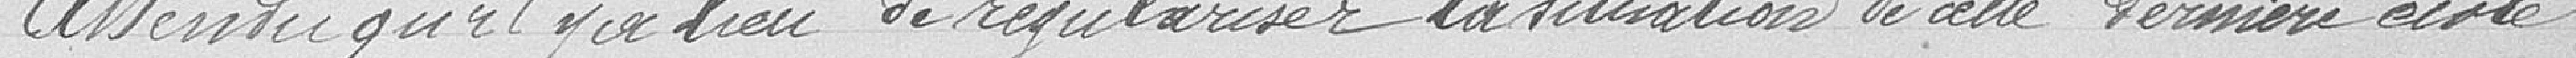
Attendu qu'il y a lieu de régulariser la situation de cette dernière école.